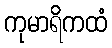
ကုမာရိကထံ